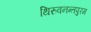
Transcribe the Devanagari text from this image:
थिरुवनन्तपुरम